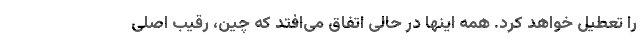
را تعطیل خواهد کرد. همه اینها در حالی اتفاق می‌افتد که چین، رقیب اصلی